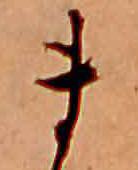
ま